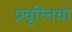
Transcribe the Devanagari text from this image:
प्रवृत्त्त्तियो